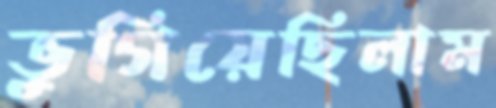
ভুগিয়েছিলাম